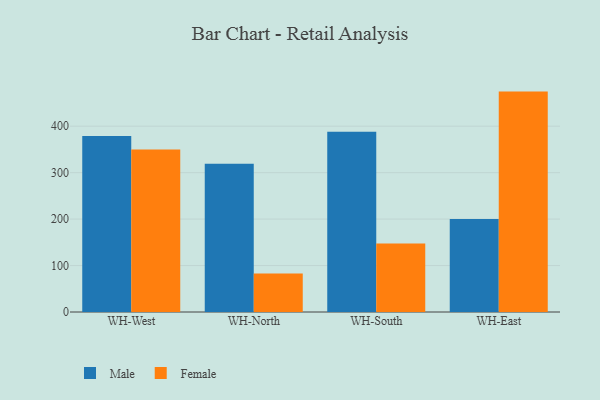
{"axis": {"x": "Warehouse", "y": "Population (Million)"}, "legend": ["Female", "Male"], "data": [{"x": "WH-West", "y": 379.1, "type": "Male"}, {"x": "WH-West", "y": 349.9, "type": "Female"}, {"x": "WH-North", "y": 319.0, "type": "Male"}, {"x": "WH-North", "y": 82.9, "type": "Female"}, {"x": "WH-South", "y": 388.1, "type": "Male"}, {"x": "WH-South", "y": 147.5, "type": "Female"}, {"x": "WH-East", "y": 200.1, "type": "Male"}, {"x": "WH-East", "y": 474.5, "type": "Female"}]}